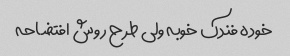
خوده فندک خوبه ولی طرح روش افتضاحه